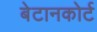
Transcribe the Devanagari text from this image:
बेटानकोर्ट